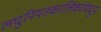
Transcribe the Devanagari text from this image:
लघुनियतकालिकांमधून